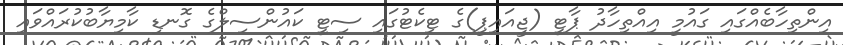
އިންތިހާބެއްގައި ގައުމީ އިއްތިހާދު ޕާޓީ (ޖީއައިޕީ)ގެ ޓިކެޓުގައި ސިޓީ ކައުންސިލްގެ ގޮނޑި ކާމިޔާބުކުރައްވައި